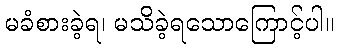
မခံစားခဲ့ရ၊ မသိခဲ့ရသောကြောင့်ပါ။